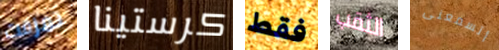
تمزقت كرستينا فقط الثقب أتسمعنى